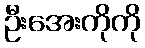
ဦးအေးကိုကို